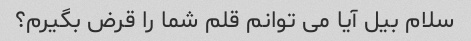
سلام بیل آیا می توانم قلم شما را قرض بگیرم؟